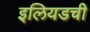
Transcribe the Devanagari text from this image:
इलियडची